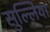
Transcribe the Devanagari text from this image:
सुल्लिया